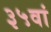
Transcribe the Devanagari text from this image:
३५वां